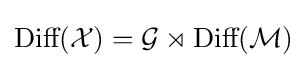
{\text{Diff}}({\mathcal {X}})={\mathcal {G}}\rtimes {\text{Diff}}({\mathcal {M}})